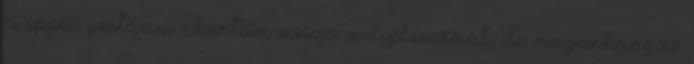
és éppen postázni akartam vissza a diplomámat, de: magánhangzó